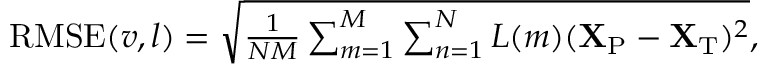
\begin{array} { r } { \operatorname { R M S E } ( v , l ) = \sqrt { \frac { 1 } { N M } \sum _ { m = 1 } ^ { M } \sum _ { n = 1 } ^ { N } L ( m ) ( { \mathbf { X } } _ { \mathrm { P } } - { \mathbf { X } } _ { \mathrm { T } } ) ^ { 2 } } , } \end{array}